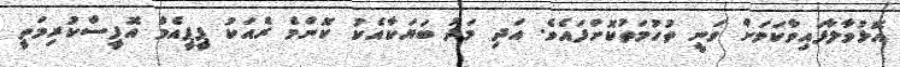
އޮޅުވާލާފައިވާކަމަށް ވަނީ ތުހުމަތުކޮށްފައެވެ. އަދި މަދު ބަޔަކާއެކު ކޮންމެ ރެއަކު ޕީޕީއެމް އޮފީސްކުރިމަތީ